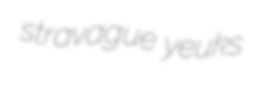
stravague yeuks